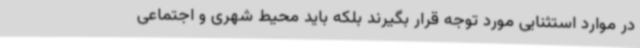
در موارد استثنایی مورد توجه قرار بگیرند بلکه باید محیط شهری و اجتماعی